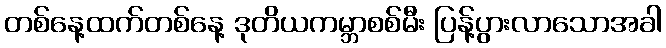
တစ်နေ့ထက်တစ်နေ့ ဒုတိယကမ္ဘာစစ်မီး ပြန့်ပွားလာသောအခါ